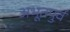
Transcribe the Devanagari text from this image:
अभूतपुर्व